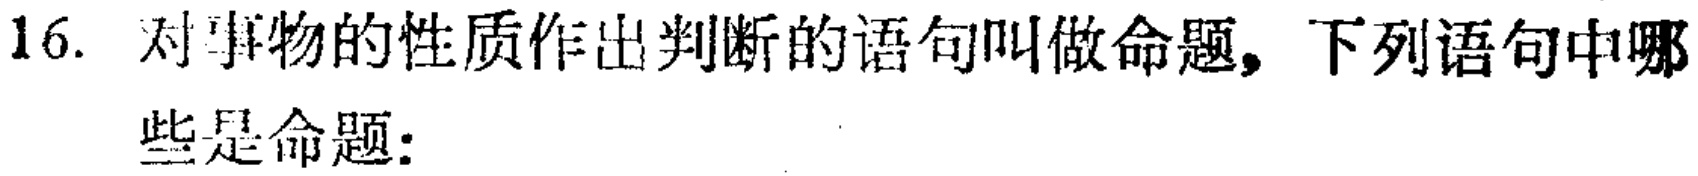
16. 对事物的性质作出判断的语句叫做命题，下列语句中哪些是命题：